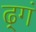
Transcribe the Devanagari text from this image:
ढ़्गं